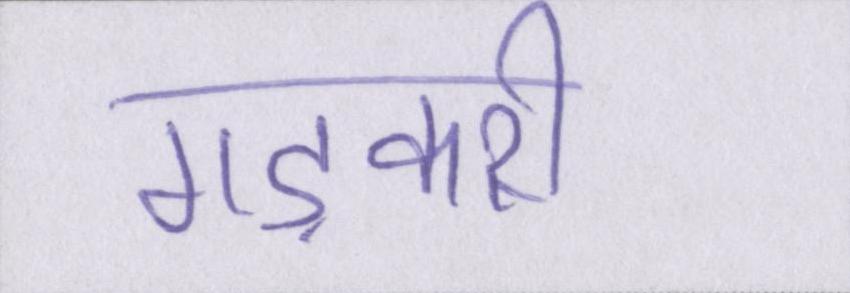
गड़करी